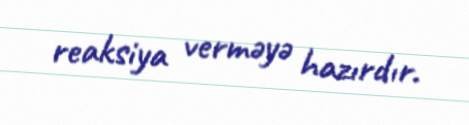
reaksiya verməyə hazırdır.